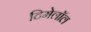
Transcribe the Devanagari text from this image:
टिमेलॉल